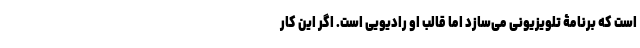
است که برنامۀ تلویزیونی می‌سازد اما قالب او رادیویی است. اگر این کار